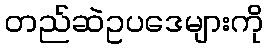
တည်ဆဲဥပဒေများကို